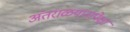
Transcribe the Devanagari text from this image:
अंतराळयानापेक्षा